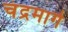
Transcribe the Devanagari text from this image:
चंद्रमार्ग